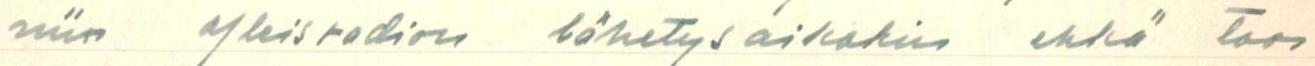
niin yleisradion lähetysaikakin ehkä taas